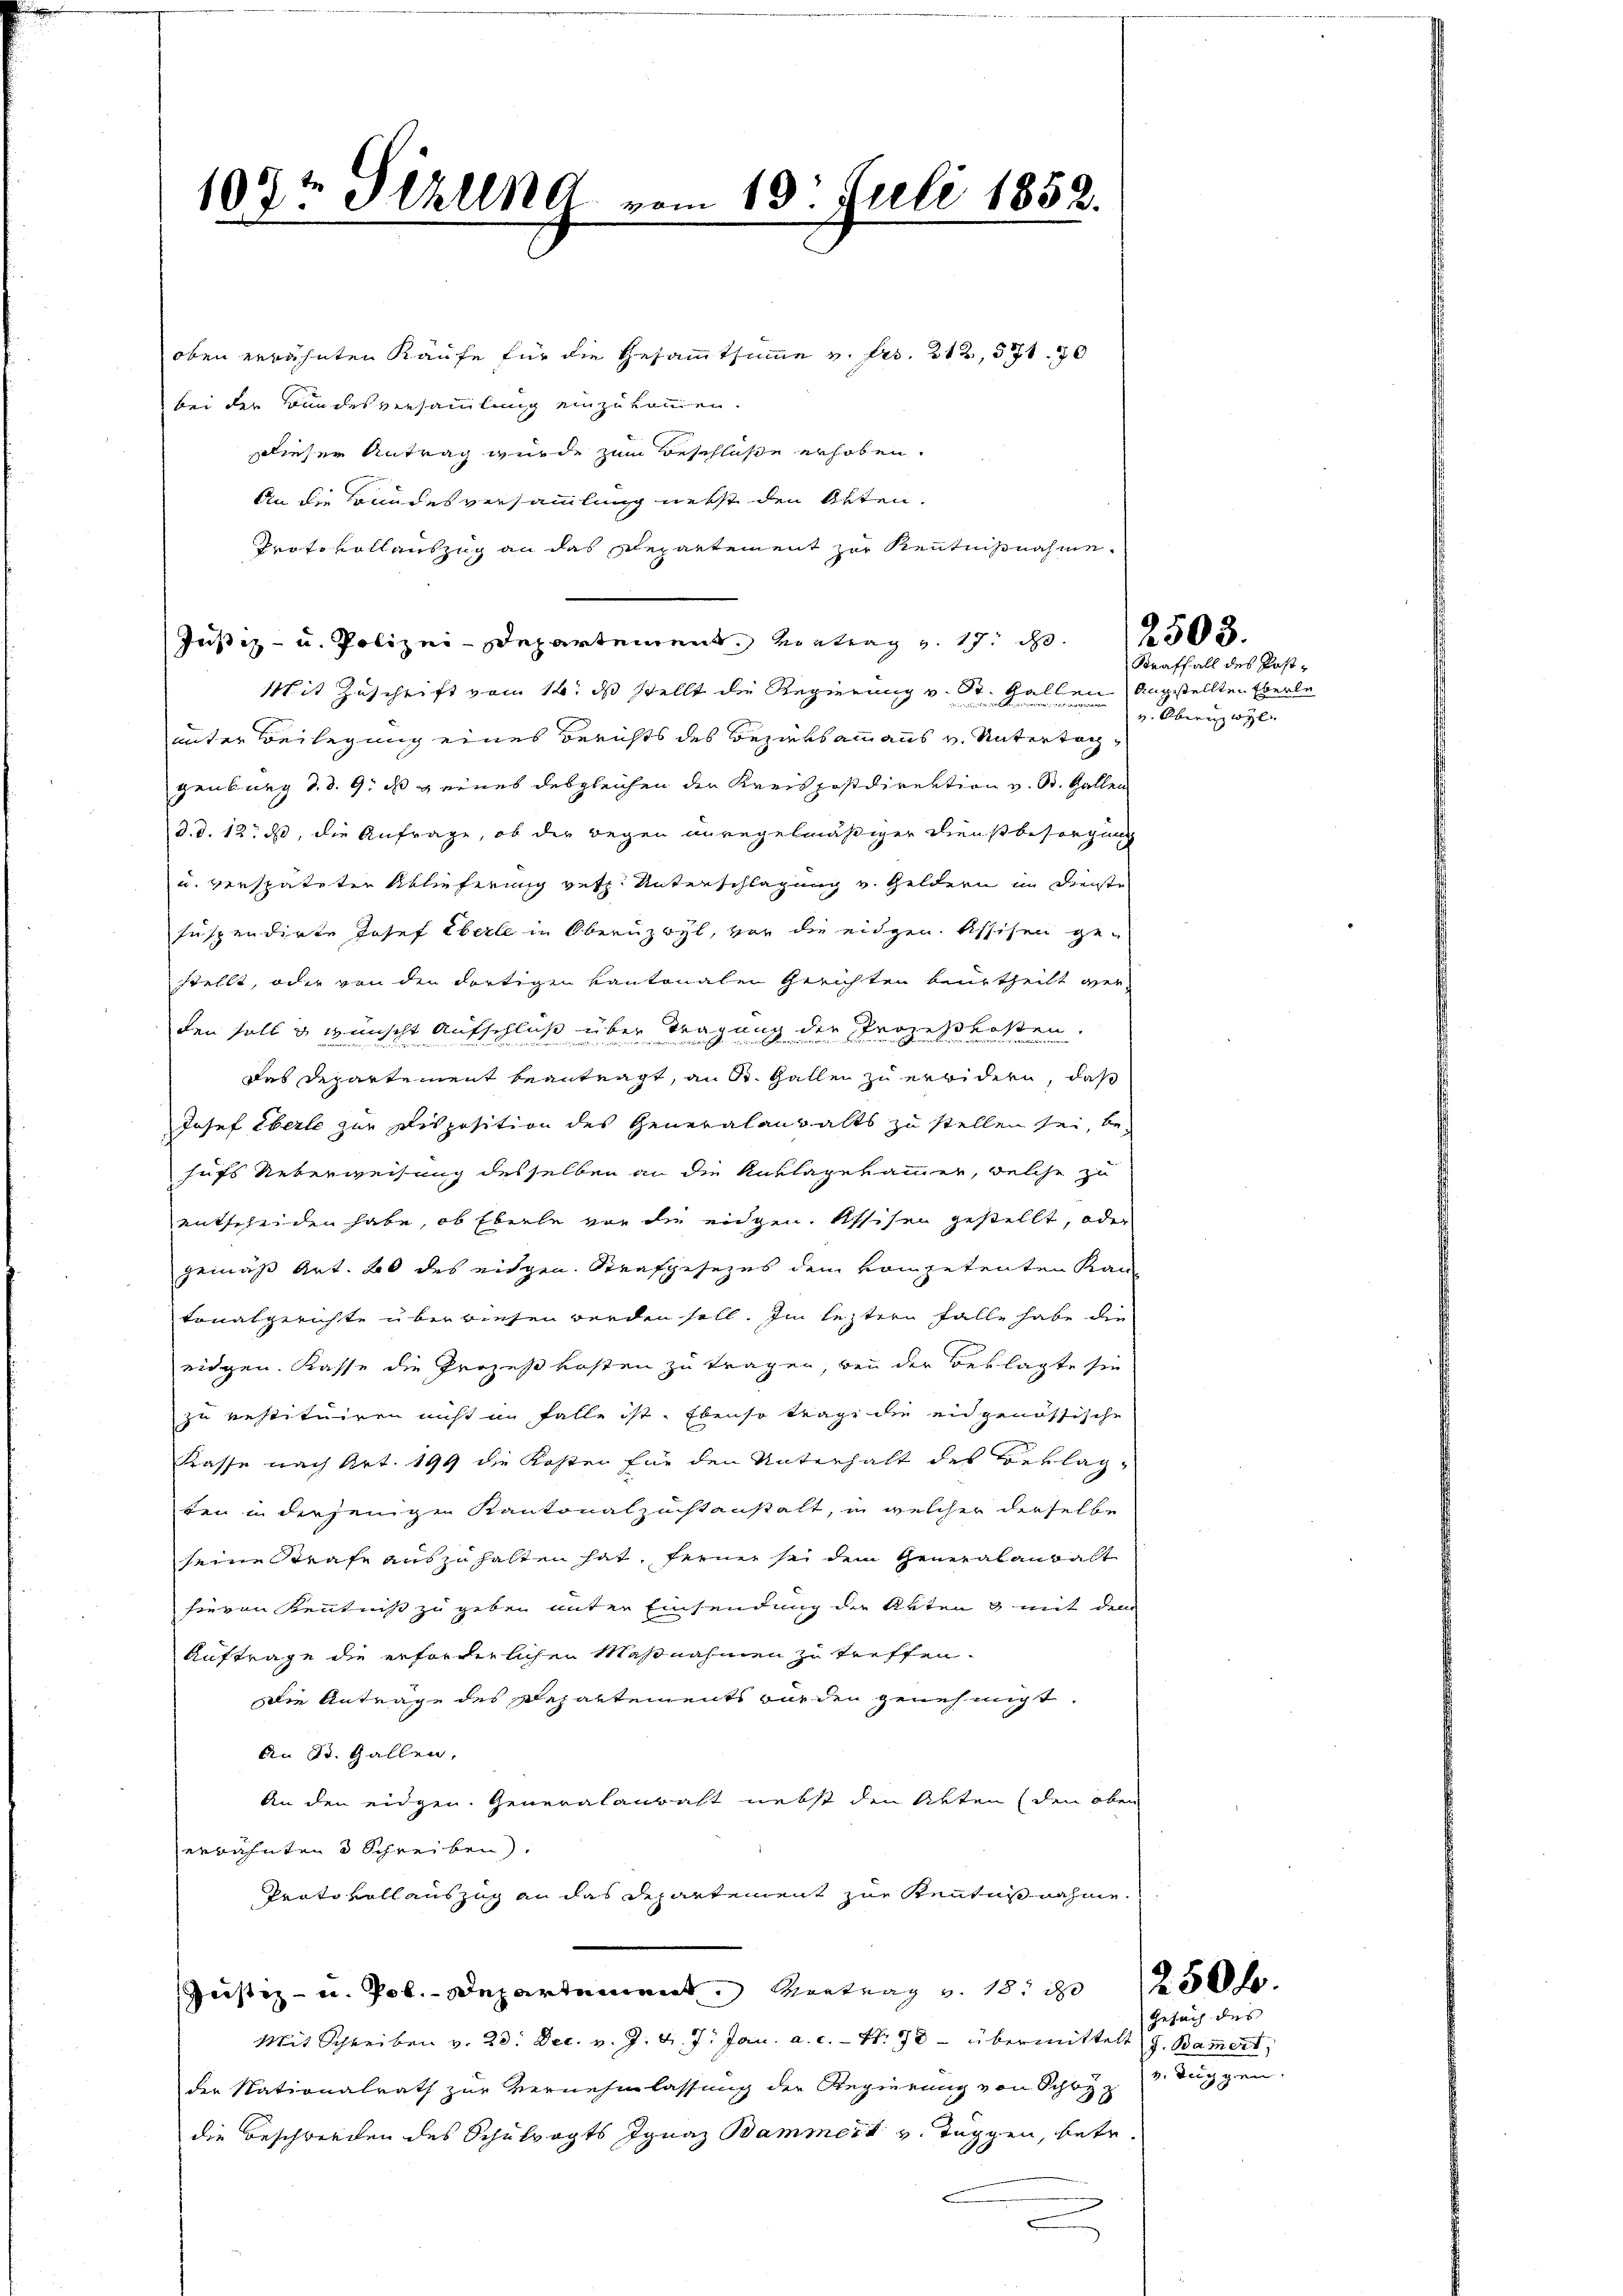
107 Sezung
f

oben erwähnten Käufe für die Gesammtsumme v. Frs. 212, 571. 70
bei der Bundesversammlung einzukommen.
Dieser Antrag wurde zum Beschlüße erhoben.
An die Bundesversammlung nebst den Akten.
Protokollauszug an das Departement zur Kenntnißnahme.
Justiz- u. Polizei-Departement Kontrag u. 17. 250
Mit Zuschrift vom 14. ds stellt die Regierung v. St. Gallen Angstellten Eberle
unter Beilegung eines Berichts des Bezirksammanns v. Untertaggenburg d. d. 9. ds eines desgleichen der Kreispostdirektion v. St. Gallen
d.d. 12. ds, die Anfrage, ob der wegen unregelmäßiger Diensbesorgung
u. verspäteter Ablieferung verz. Unterschlagung v. Geldern im Dienste
suspendirte Josef Eberle in Obernzwyl, vor die eidgen. Assisen ge-
stellt, oder von den dortigen kantonalen Gerichten beurtheilt werden halb in wünscht aufschluß über Tragung der Prozeßkosten.
das Departement beantragt, an St. Gallen zu erwidern, daß
Josef Eberle zur Disposition des Generalanwalts zu stellen sei, behufs Ueberweisung desselben an die Kuklagekammer, welche zu
entscheiden habe, ob Eberle vor die eidgen. Assisen gestellt, oder
gemäß Art. 20 des eidgen Strafgesezes dem kompetenten Kantonalgerichte überwiesen werden soll. Im leztern Falle habe die
eidgen. Kasse die Prozeßkosten zu tragen, wenn der Beklagte sie
zu restituiren nicht im Falle ist. Ebenso trage die eidgenössische
Kasse nach Art. 199 die Kosten für den Unterhalt des Beklagten in derjenigen Kantonalzuchtanstalt, in welcher derselbe
seine trafe auszuhalten hat, ferner sei dem Generalbanwalt
hieren Kenntniß zu geben unter Einsendung der Arten & mit dem
Auftrage die erforderlichen Maßnahmen zu treffen.
Die Anträge des Departements wurden genehmigt.
An St. Gallen,
An den eidgen. Generalanwalt nebst den Akten (den oben
erwähnten 3 Schreiben.
Prato vollauszug an das Departement zur Kenntnißnahme.
Justiz- u. Pob. Departement Vertrag v. 1811 250 f
Mit Schreiben v. 20. Dec. v. J. J. J. Jan. a. c. - Nr. 70 – übermittelt J. Bam̅ert,
der Nationalrath zur Vernehmlassung der Regierung von Schwyz
die Beschwerden des Schulvogts Ignaz Bammert v. Taggen, betr.
e

am 13. Juli 1852.

Kraffall des Postv. Oberwyl |

Gesuch des |
v. Tuch gen